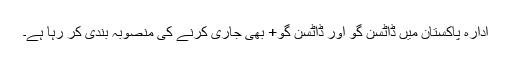
ادارہ پاکستان میں ڈاٹسن گو اور ڈاٹسن گو+ بھی جاری کرنے کی منصوبہ بندی کر رہا ہے۔